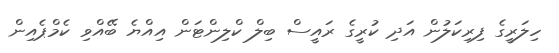
ހިލަރީގެ ފިރިކަލުން އަދި ކުރީގެ ރައީސް ބިލް ކްލިންޓަން އިއްޔެ ބޭއްވި ކެމްޕެއިން